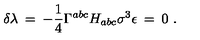
\delta \lambda \: = \: - \frac { 1 } { 4 } \Gamma ^ { a b c } H _ { a b c } \sigma ^ { 3 } \epsilon \: = \: 0 \ .